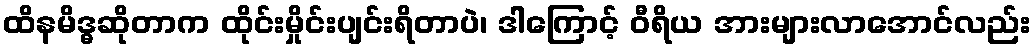
ထိနမိဒ္ဓဆိုတာက ထိုင်းမှိုင်းပျင်းရိတာပဲ၊ ဒါကြောင့် ဝီရိယ အားများလာအောင်လည်း